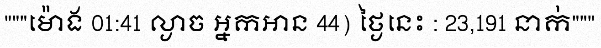
"""ម៉ោង 01:41 ល្ងាច អ្នកអាន 44) ថ្ងៃនេះ : 23,191 នាក់"""